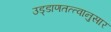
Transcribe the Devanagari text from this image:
उड्डाणतत्त्वानुसार